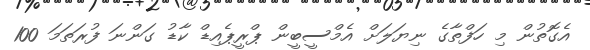
އެގޮތުން މި ހަފްތާގެ ނިޔަލަށް އެމްސީބީން ޕްރީޕެއިޑް ކާޑު ގަންނަ ފުރަތަމަ 100